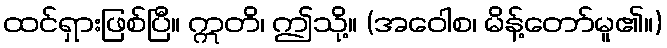
ထင်ရှားဖြစ်ပြီ။ ဣတိ၊ ဤသို့။ (အဝေါစ၊ မိန့်တော်မူ၏။)